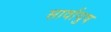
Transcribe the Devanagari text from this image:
सार्वायुष